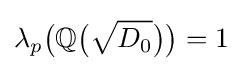
\lambda \,\!_{p}{\big (}\mathbb {Q} {\big (}{\sqrt {D_{0}}}{\big )}{\big )}=1